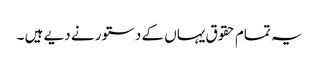
یہ تمام حقوق یہاں کے دستور نے دیے ہیں ۔